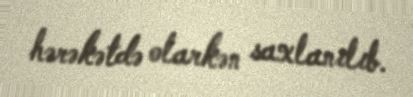
hərəkətdə olarkən saxlanılıb.